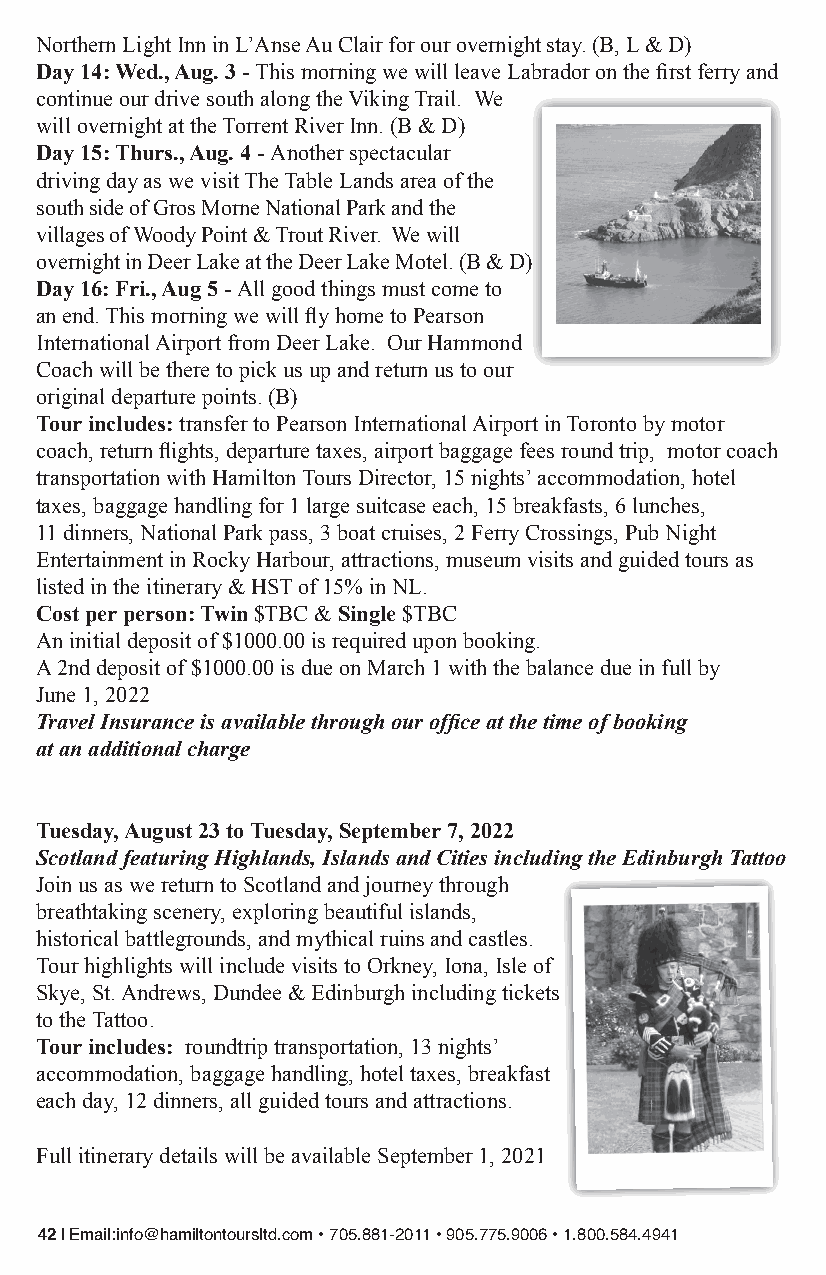
Northern Light Inn in L’Anse Au Clair for our overnight stay. (B, L & D)
 Day 14: Wed., Aug. 3 - This morning we will leave Labrador on the first ferry and
 continue our drive south along the Viking Trail. We
 will overnight at the Torrent River Inn. (B & D)
 Day 15: Thurs., Aug. 4 - Another spectacular
 driving day as we visit The Table Lands area of the
 south side of Gros Morne National Park and the
 villages of Woody Point & Trout River. We will
 overnight in Deer Lake at the Deer Lake Motel. (B & D)
 Day 16: Fri., Aug 5 - All good things must come to
 an end. This morning we will fly home to Pearson
 International Airport from Deer Lake. Our Hammond
 Coach will be there to pick us up and return us to our
 original departure points. (B)
 Tour includes: transfer to Pearson International Airport in Toronto by motor
 coach, return flights, departure taxes, airport baggage fees round trip, motor coach
 transportation with Hamilton Tours Director, 15 nights’ accommodation, hotel
 taxes, baggage handling for 1 large suitcase each, 15 breakfasts, 6 lunches,
 11 dinners, National Park pass, 3 boat cruises, 2 Ferry Crossings, Pub Night
 Entertainment in Rocky Harbour, attractions, museum visits and guided tours as
 listed in the itinerary & HST of 15% in NL.
 Cost per person: Twin $TBC & Single $TBC
 An initial deposit of $1000.00 is required upon booking.
 A 2nd deposit of $1000.00 is due on March 1 with the balance due in full by
 June 1, 2022
 Travel Insurance is available through our office at the time of booking
 at an additional charge
 Tuesday, August 23 to Tuesday, September 7, 2022
 Scotland featuring Highlands, Islands and Cities including the Edinburgh Tattoo
 Join us as we return to Scotland and journey through
 breathtaking scenery, exploring beautiful islands,
 historical battlegrounds, and mythical ruins and castles.
 Tour highlights will include visits to Orkney, Iona, Isle of
 Skye, St. Andrews, Dundee & Edinburgh including tickets
 to the Tattoo.
 Tour includes: roundtrip transportation, 13 nights’
 accommodation, baggage handling, hotel taxes, breakfast
 each day, 12 dinners, all guided tours and attractions.
 Full itinerary details will be available September 1, 2021
 42 | Email:info@hamiltontoursltd.com • 705.881-2011 • 905.775.9006 • 1.800.584.4941